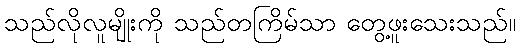
သည်လိုလူမျိုးကို သည်တကြိမ်သာ တွေ့ဖူးသေးသည်။